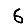
Digit: 6